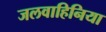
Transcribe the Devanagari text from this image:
जलवाहिनिया